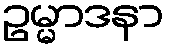
ဥမ္မာဒနာ